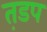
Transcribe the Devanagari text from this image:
त़डप